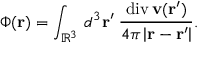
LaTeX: \Phi ( \mathbf { r } ) = \int _ { \mathbb { R } ^ { 3 } } \, d ^ { 3 } \mathbf { r } ^ { \prime } \; { \frac { \operatorname { d i v } \mathbf { v } ( \mathbf { r } ^ { \prime } ) } { 4 \pi \left| \mathbf { r } - \mathbf { r } ^ { \prime } \right| } } .